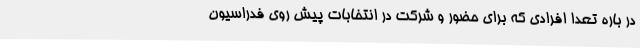
در باره تعدا افرادی که برای حضور و شرکت در انتخابات پیش روی فدراسیون